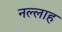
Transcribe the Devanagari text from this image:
नल्‍लाह